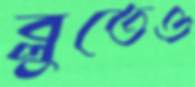
ব্লুতেও